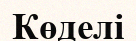
Көделі